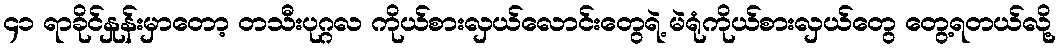
၄၁ ရာခိုင်နှုန်းမှာတော့ တသီးပုဂ္ဂလ ကိုယ်စားလှယ်လောင်းတွေရဲ့ မဲရုံကိုယ်စားလှယ်တွေ တွေ့ရတယ်လို့